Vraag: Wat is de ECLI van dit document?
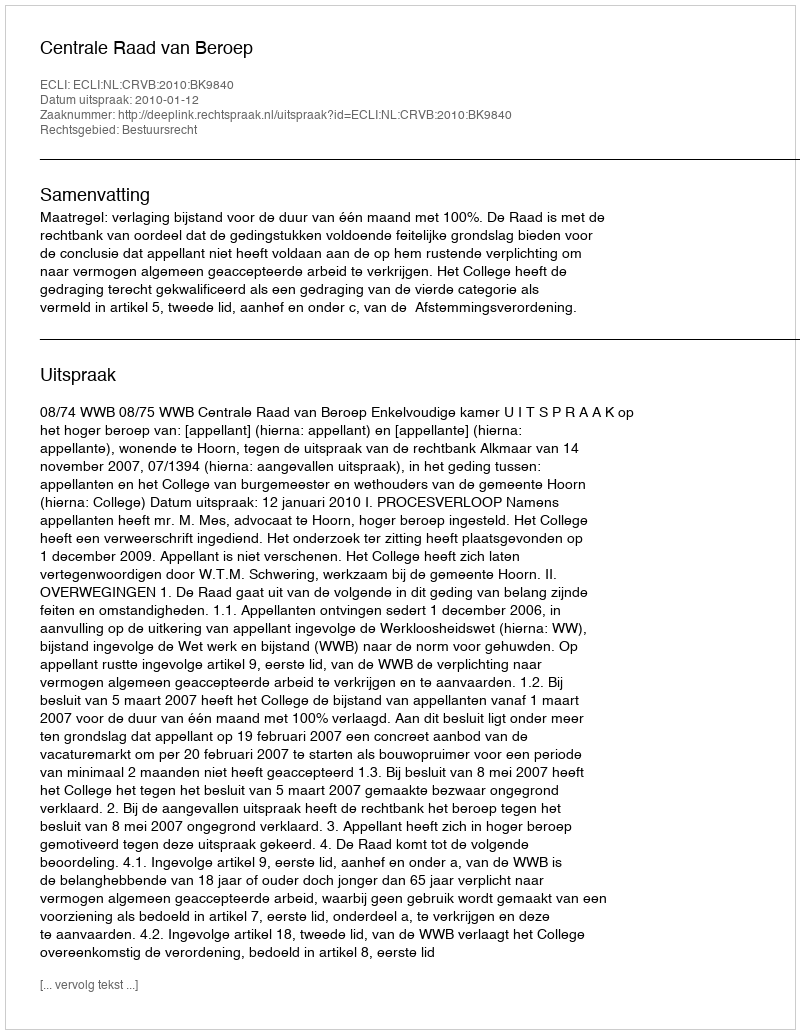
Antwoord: ECLI:NL:CRVB:2010:BK9840